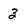
Character: 3